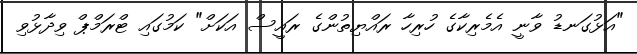
"އަޅުގަނޑު ވާނީ އެމެރިކާގެ ހުރިހާ ރައްޔިތުންގެ ރައީސް އަކަށް" ކަމުގައި ޓްރަމްޕް ވިދާޅުވި